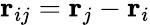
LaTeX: \textbf{r}_{ij}=\textbf{r}_{j}-\textbf{r}_{i}